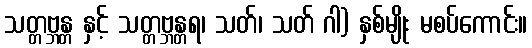
သတ္တဗ္ဘန္တ နှင့် သတ္တဗ္ဘန္တရ၊ သတ်၊ သတ် ဂါ) နှစ်မျိုး မစပ်ကောင်း။